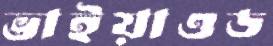
ভাইয়াওড